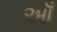
ઑઁ